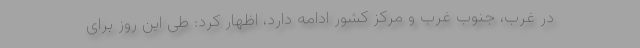
در غرب، جنوب غرب و مرکز کشور ادامه دارد، اظهار کرد: طی این روز برای